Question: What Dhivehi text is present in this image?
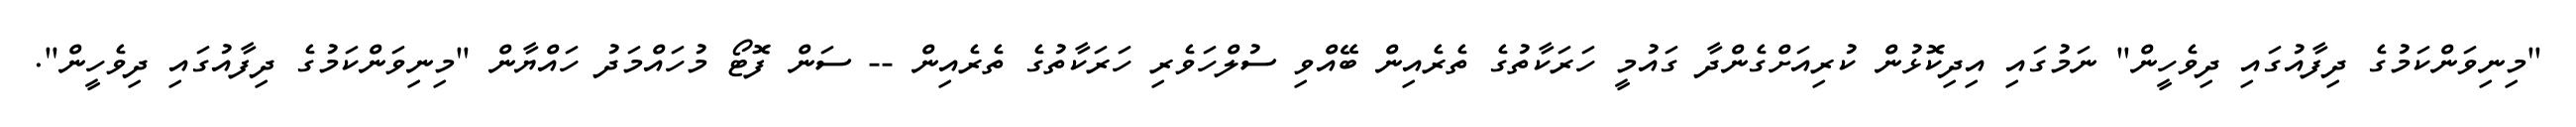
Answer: "މިނިވަންކަމުގެ ދިފާއުގައި ދިވެހީން" ނަމުގައި އިދިކޮޅުން ކުރިއަށްގެންދާ ގައުމީ ހަރަކާތުގެ ތެރެއިން ބޭއްވި ސުލްހަވެރި ހަރަކާތުގެ ތެރެއިން -- ސަން ފޮޓޯ މުހައްމަދު ހައްޔާން "މިނިވަންކަމުގެ ދިފާއުގައި ދިވެހީން".